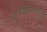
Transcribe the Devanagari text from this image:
आकाशवाणीला